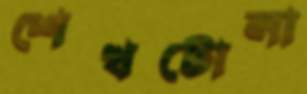
শেখটোলা